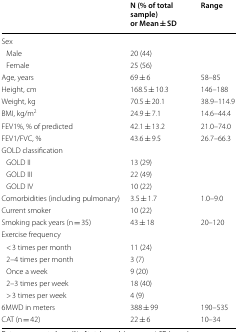
<table><thead><tr><td></td><td><b>N (% of total sample) or Mean ± SD</b></td><td><b>Range</b></td></tr></thead><tbody><tr><td colspan="3">Sex</td></tr><tr><td> Male</td><td>20 (44)</td><td></td></tr><tr><td> Female</td><td>25 (56)</td><td></td></tr><tr><td>Age, years</td><td>69 ± 6</td><td>58–85</td></tr><tr><td>Height, cm</td><td>168.5 ± 10.3</td><td>146–188</td></tr><tr><td>Weight, kg</td><td>70.5 ± 20.1</td><td>38.9–114.9</td></tr><tr><td>BMI, kg/m<sup>2</sup></td><td>24.9 ± 7.1</td><td>14.6–44.4</td></tr><tr><td>FEV1%, % of predicted</td><td>42.1 ± 13.2</td><td>21.0–74.0</td></tr><tr><td>FEV1/FVC, %</td><td>43.6 ± 9.5</td><td>26.7–66.3</td></tr><tr><td colspan="3">GOLD classification</td></tr><tr><td> GOLD II</td><td>13 (29)</td><td></td></tr><tr><td> GOLD III</td><td>22 (49)</td><td></td></tr><tr><td> GOLD IV</td><td>10 (22)</td><td></td></tr><tr><td>Comorbidities (including pulmonary)</td><td>3.5 ± 1.7</td><td>1.0–9.0</td></tr><tr><td>Current smoker</td><td>10 (22)</td><td></td></tr><tr><td>Smoking pack years (n = 35)</td><td>43 ± 18</td><td>20–120</td></tr><tr><td>Exercise frequency</td><td></td><td></td></tr><tr><td> &lt; 3 times per month</td><td>11 (24)</td><td></td></tr><tr><td> 2–4 times per month</td><td>3 (7)</td><td></td></tr><tr><td> Once a week</td><td>9 (20)</td><td></td></tr><tr><td> 2–3 times per week</td><td>18 (40)</td><td></td></tr><tr><td> &gt; 3 times per week</td><td>4 (9)</td><td></td></tr><tr><td>6MWD in meters</td><td>388 ± 99</td><td>190–535</td></tr><tr><td>CAT (n = 42)</td><td>22 ± 6</td><td>10–34</td></tr></tbody></table>